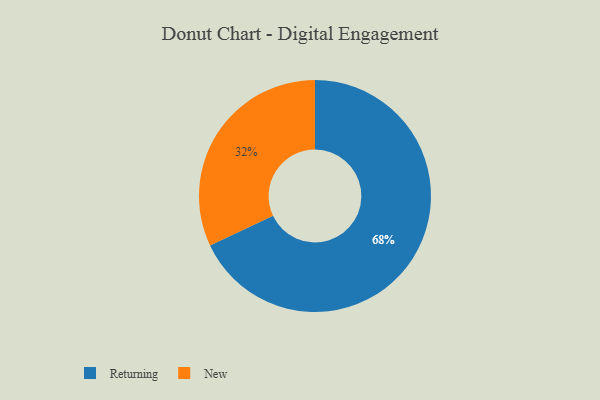
{"axis": {"x": "Category", "y": "Percentage"}, "legend": ["New", "Returning"], "data": [{"x": "Returning", "y": 68, "type": "Returning"}, {"x": "New", "y": 32, "type": "New"}]}